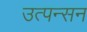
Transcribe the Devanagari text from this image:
उत्पन्सन